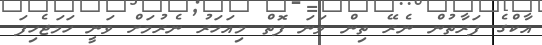
އާކްގެ ފަރާތުން ނެރޭ ތިން ވަނަ ފޮތް މިއަހަރު ނެރުމަށް ވަނީ ހަމަޖެހިފަ